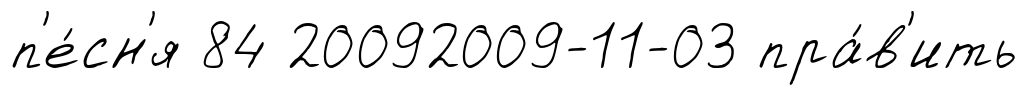
п'е́сн'я 84 20092009-11-03 пра́в'ить